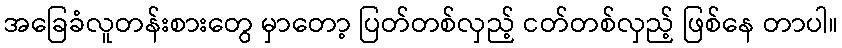
အခြေခံလူတန်းစားတွေ မှာတော့ ပြတ်တစ်လှည့် ငတ်တစ်လှည့် ဖြစ်နေ တာပါ။